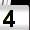
Digit: 4